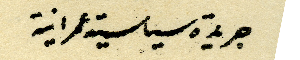
جريدة سياسية عمرانية